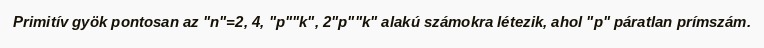
Primitív gyök pontosan az "n"=2, 4, "p""k", 2"p""k" alakú számokra létezik, ahol "p" páratlan prímszám.